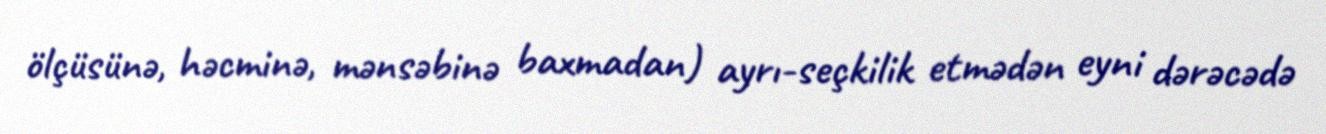
ölçüsünə, həcminə, mənsəbinə baxmadan) ayrı-seçkilik etmədən eyni dərəcədə